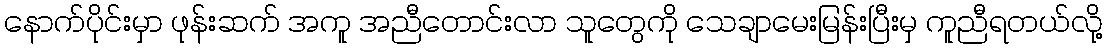
နောက်ပိုင်းမှာ ဖုန်းဆက် အကူ အညီတောင်းလာ သူတွေကို သေချာမေးမြန်းပြီးမှ ကူညီရတယ်လို့